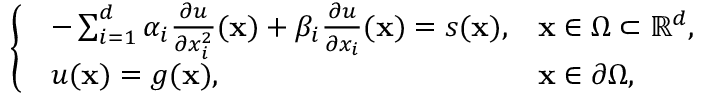
\left\{ \begin{array} { l l } { \begin{array} { l l } { - \sum _ { i = 1 } ^ { d } \alpha _ { i } \frac { \partial u } { \partial x _ { i } ^ { 2 } } ( \mathbf { x } ) + \beta _ { i } \frac { \partial u } { \partial x _ { i } } ( \mathbf { x } ) = s ( \mathbf { x } ) , } & { \mathbf { x } \in \Omega \subset \mathbb { R } ^ { d } , } \\ { u ( \mathbf { x } ) = g ( \mathbf { x } ) , } & { \mathbf { x } \in \partial \Omega , } \end{array} } \end{array} \right.